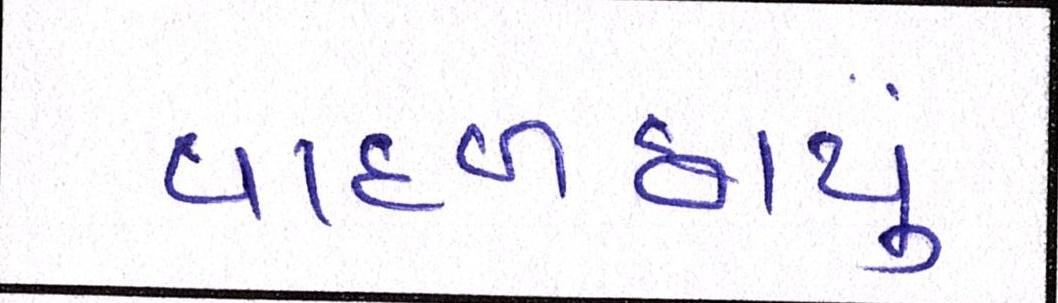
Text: વાદળછાયું